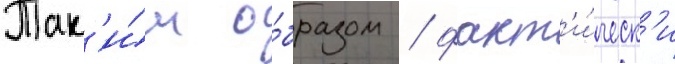
Так'и́м о́бразом / факт'и́ческ'и